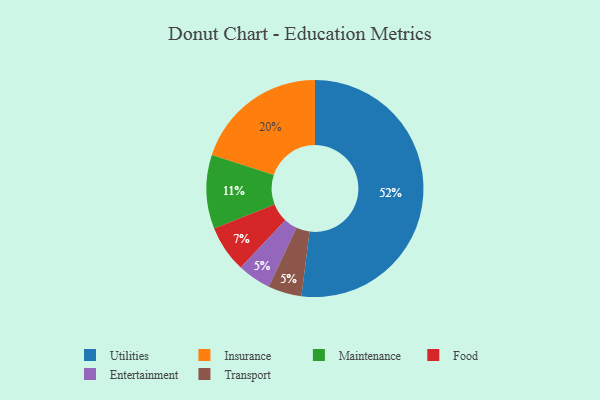
{"axis": {"x": "Category", "y": "Percentage"}, "legend": ["Entertainment", "Food", "Insurance", "Maintenance", "Transport", "Utilities"], "data": [{"x": "Insurance", "y": 20, "type": "Insurance"}, {"x": "Food", "y": 7, "type": "Food"}, {"x": "Maintenance", "y": 11, "type": "Maintenance"}, {"x": "Entertainment", "y": 5, "type": "Entertainment"}, {"x": "Transport", "y": 5, "type": "Transport"}, {"x": "Utilities", "y": 52, "type": "Utilities"}]}